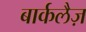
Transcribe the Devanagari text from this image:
बार्कलैज़